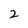
Character: 2